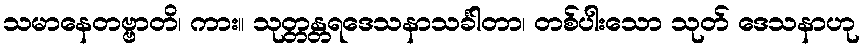
သမာနေတဗ္ဗာတိ၊ ကား။ သုတ္တန္တရဒေသနာသင်္ခါတာ၊ တစ်ပါးသော သုတ် ဒေသနာဟု